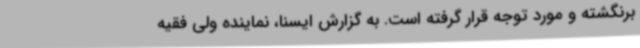
برنگشته و مورد توجه قرار گرفته است. به گزارش ایسنا، نماینده ولی فقیه